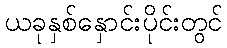
ယခုနှစ်နှောင်းပိုင်းတွင်